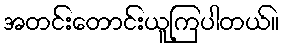
အတင်းတောင်းယူကြပါတယ်။